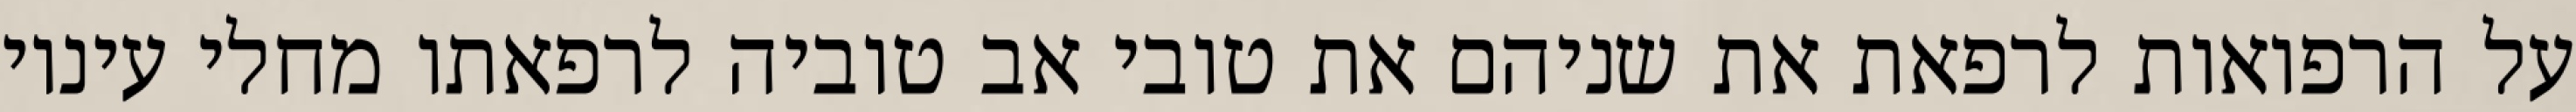
על הרפואות לרפאת את שניהם את טובי אב טוביה לרפאתו מחלי עיניו